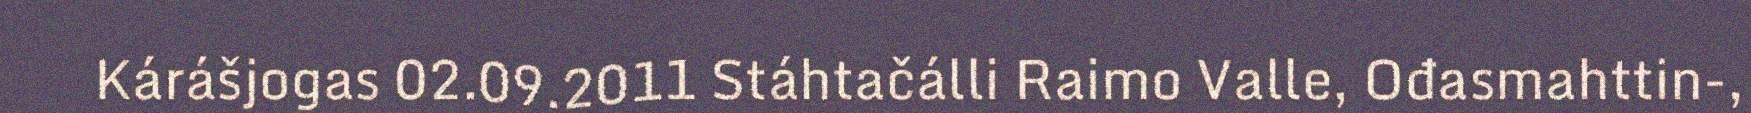
Kárášjogas 02.09.2011 Stáhtačálli Raimo Valle, Ođasmahttin-,